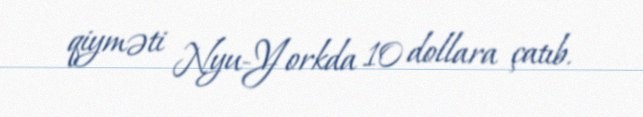
qiyməti Nyu-Yorkda 10 dollara çatıb.